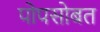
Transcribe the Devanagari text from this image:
पोपसोबत